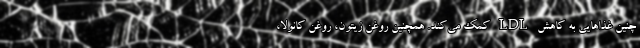
چنین غذاهایی به کاهش LDL کمک می‌کند. همچنین روغن زیتون، ‌روغن کانولا،